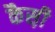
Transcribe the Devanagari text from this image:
कैस़ी